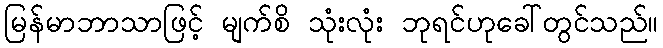
မြန်မာဘာသာဖြင့် မျက်စိ သုံးလုံး ဘုရင်ဟုခေါ်တွင်သည်။